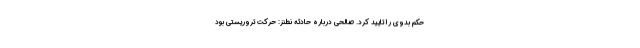
حکم بدوی را تایید کرد. صالحی درباره حادثه نطنز: حرکت تروریستی بود